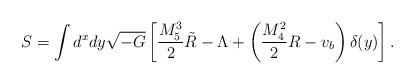
LaTeX: \begin{align*}S = \int d^x dy \sqrt{-G}\left[ \frac{M_5^3}{2} \tilde{R} - \Lambda + \left( \frac{M_4^2}{2} R - v_b \right) \delta(y) \right].\end{align*}